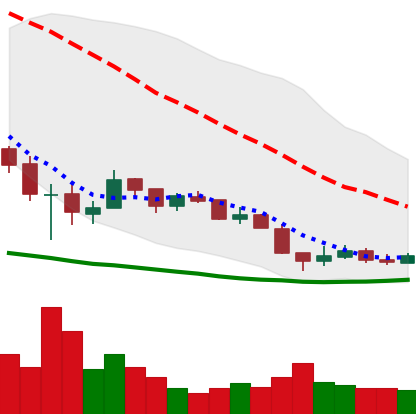
Ticker: XRP-USD
Chart end date: 2018-12-12
Forward return: 6.876%
Label: up_5_7